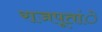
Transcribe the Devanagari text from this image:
राजपूतांे